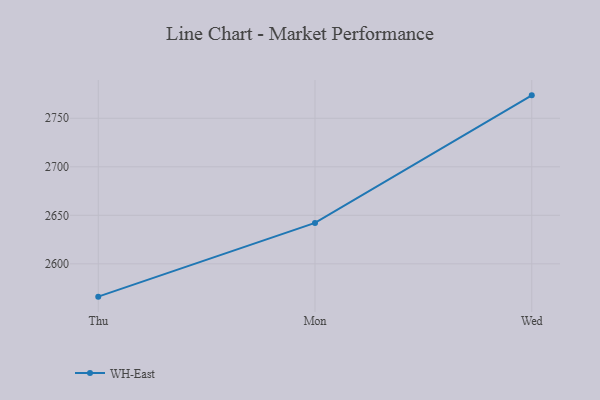
{"axis": {"x": "Day", "y": "Tickets Resolved"}, "legend": ["WH-East"], "data": [{"x": "Thu", "y": 2566.2, "type": "WH-East"}, {"x": "Mon", "y": 2642.2, "type": "WH-East"}, {"x": "Wed", "y": 2773.6, "type": "WH-East"}]}